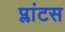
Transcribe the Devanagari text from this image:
प्लांटस